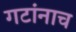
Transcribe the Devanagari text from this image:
गटांनाच